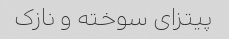
پیتزای سوخته و نازک